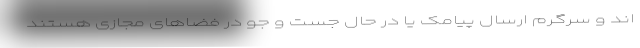
اند و سرگرم ارسال پیامک یا در حال جست و جو در فضا‌های مجازی هستند